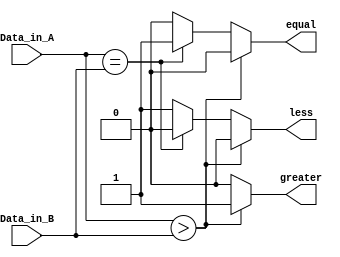
module comparator4bit(
		Data_in_A,
		Data_in_B,
		less,
		equal,
		greater);
		
		input [3:0] Data_in_A;
		input [3:0] Data_in_B;
		output less;
		output equal;
		output greater;
		
		reg less, equal, greater;
		
		always @ (Data_in_A, Data_in_B)
		begin
			if(Data_in_A > Data_in_B) begin
				less = 0;
				equal = 0;
				greater = 1; end
			else if (Data_in_A == Data_in_B) begin
				less = 0;
				equal = 1;
				greater = 0; end
			else			begin
				less = 1;
				equal = 0;
				greater = 0;	end
	end
endmodule